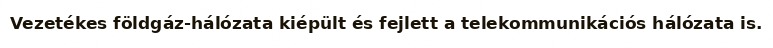
Vezetékes földgáz-hálózata kiépült és fejlett a telekommunikációs hálózata is.